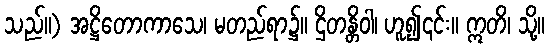
သည်။) အဋ္ဌိတောကာသေ၊ မတည်ရာ၌။ ဌိတန္တိဝါ၊ ဟူ၍၎င်း။ ဣတိ၊ သို့။